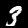
Digit: 3